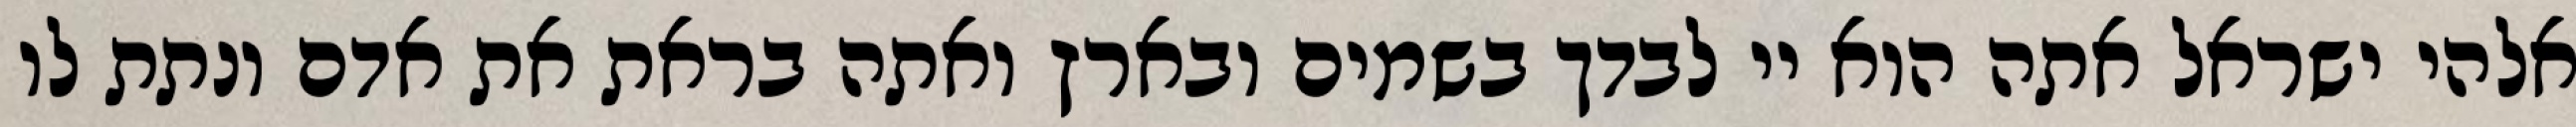
אלהי ישראל אתה הוא יי לבדך בשמים ובארץ ואתה בראת את אדם ונתת לו